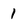
Character: 1